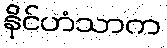
နိုင်ဟံသာက